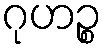
ဂုဟဉ္စ